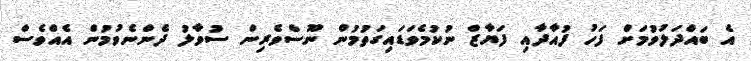
އެ ބައްދަލުވުމަށް ފަހު ފުއާދާއި ފަޔާޒް ނުކުމެވަޑައިގަތުމުން ނޫސްވެރިން ސުވާލު ދެންނެވުމުން އެއްވެސް